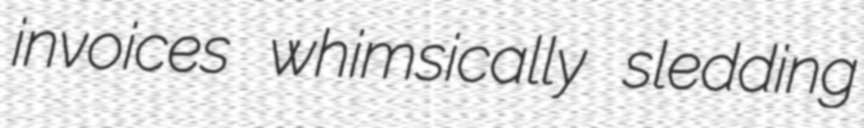
invoices whimsically sledding